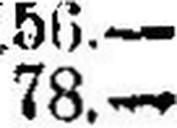
78.—